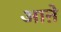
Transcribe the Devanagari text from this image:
आऩे